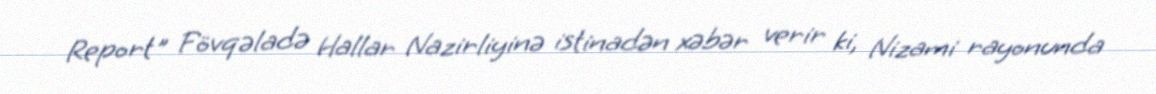
Report" Fövqəladə Hallar Nazirliyinə istinadən xəbər verir ki, Nizami rayonunda